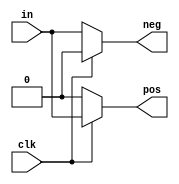
module mux_clk_edge_in #(
    parameter	WIDTH = 1,
    parameter   REG_NEG = 0,
    parameter   REG_POS = 0
) (
    input				clk,
    input	[WIDTH-1:0]		in,

    output	[WIDTH-1:0]		neg,
    output	[WIDTH-1:0]		pos
);

`ifdef REG_POS
  reg [WIDTH-1:0] reg_pos;
  always@(posedge clk) begin
    reg_pos <= in;
  end
//  assign pos = clk ? in : reg_pos;
  assign pos = reg_pos;
`else
//  always_comb begi
//    if clk begin
//       pos = in;
//    end else begin
//       pos = 0; //WIDTH'b0;
//    end
//    pos = clk ? in : 0;
//  end
  assign pos = clk ? in : 0; // WIDTH'b0;
`endif

`ifdef REG_NEG
  reg [WIDTH-1:0] reg_neg;
  always @(negedge clk) begin
    reg_neg <= in;
  end
  assign neg = clk ? in : reg_neg;
//  assign neg = reg_neg; // : in;
`else
//  always_comb begin
//    neg <= 0;
//  end
  assign neg = clk ? 0 : in;	// WIDTH'b0
`endif

endmodule